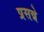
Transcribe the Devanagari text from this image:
प्रसन्ने